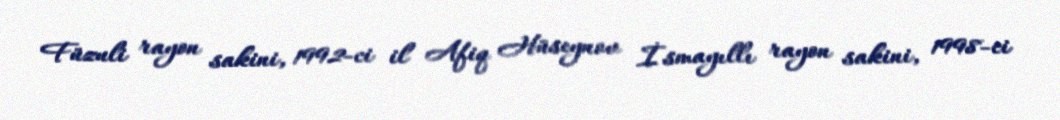
Füzuli rayon sakini, 1992-ci il Afiq Hüseynov İsmayıllı rayon sakini, 1998-ci